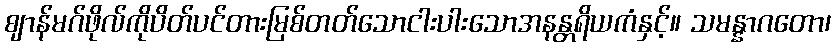
ဈာန်မဂ်ဖိုလ်ကိုပိတ်ပင်တားမြစ်တတ်သောငါးပါးသောအနန္တရိယကံနှင့်။ သမန္နာဂတော၊